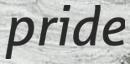
pride